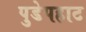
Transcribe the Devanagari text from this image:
पुडेपहाट